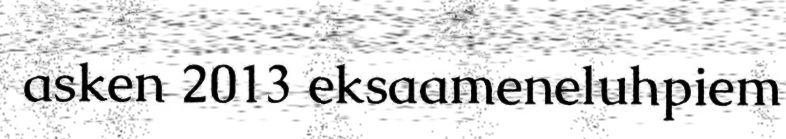
asken 2013 eksaameneluhpiem